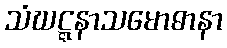
သံဃဋ္ဋနာသမောဓာနာ